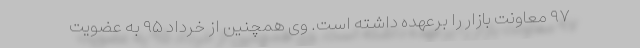
۹۷ معاونت بازار را برعهده داشته است. وی همچنین از خرداد ۹۵ به عضویت